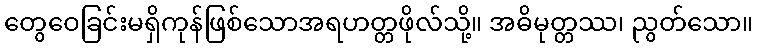
တွေဝေခြင်းမရှိကုန်ဖြစ်သောအရဟတ္တဖိုလ်သို့။ အဓိမုတ္တဿ၊ ညွတ်သော။